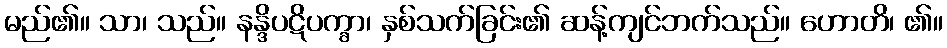
မည်၏။ သာ၊ သည်။ နန္ဒိပဋိပက္ခာ၊ နှစ်သက်ခြင်း၏ ဆန့်ကျင်ဘက်သည်။ ဟောတိ၊ ၏။